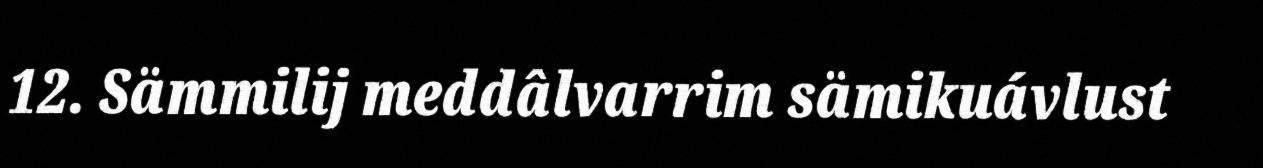
12. Sämmilij meddâlvarrim sämikuávlust